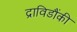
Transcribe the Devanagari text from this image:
द्राविडौंकी